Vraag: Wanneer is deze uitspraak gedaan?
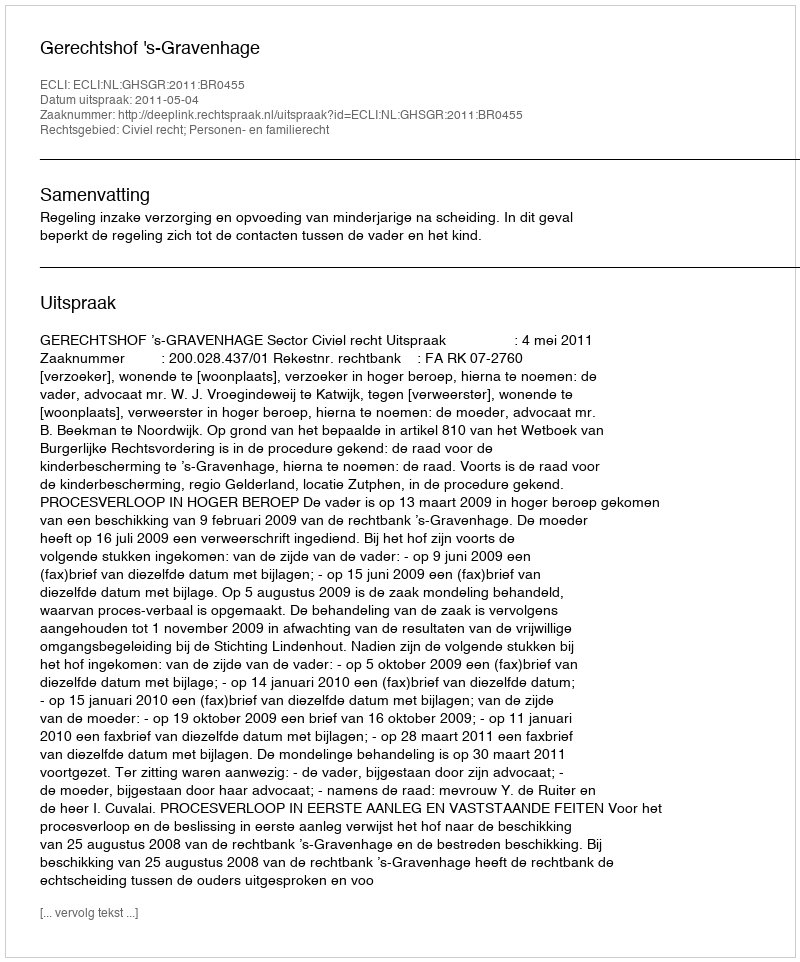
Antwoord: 2011-05-04